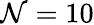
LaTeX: \mathcal{N}=10